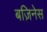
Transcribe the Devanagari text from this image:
बज़िनेस